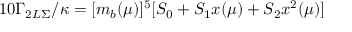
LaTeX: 1 0 \Gamma _ { 2 L \Sigma } / \kappa = [ m _ { b } ( \mu ) ] ^ { 5 } [ S _ { 0 } + S _ { 1 } x ( \mu ) + S _ { 2 } x ^ { 2 } ( \mu ) ]